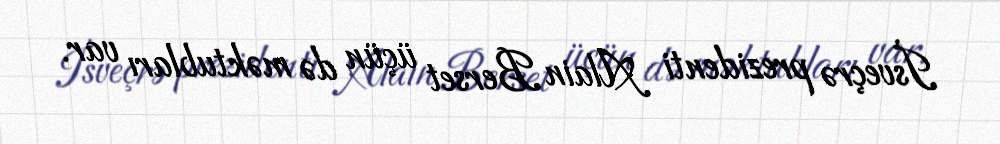
İsveçrə prezidenti Alain Berset üçün də məktubları var.